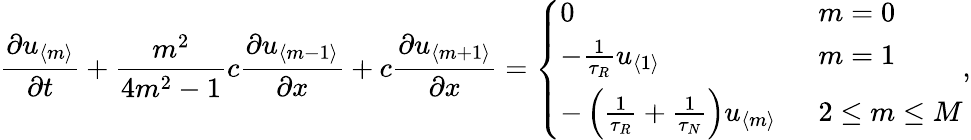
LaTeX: \frac{\partial u_{\langle m\rangle}}{\partial t}+\frac{m^{2}}{4m^{2}-1}c\frac{\partial u_{\langle m-1\rangle}}{\partial x}+c\frac{\partial u_{\langle m+1\rangle}}{\partial x}=\left\{ \begin{array}{ll}{\displaystyle 0\ }&{\ m=0}\\ {-\frac{1}{\tau_{R}}u_{\langle 1\rangle}\ }&{\ m=1}\\ {-\left(\frac{1}{\tau_{R}}+\frac{1}{\tau_{N}}\right)u_{\langle m\rangle}\ }&{\ 2\leq m\leq M}\end{array}\right.,